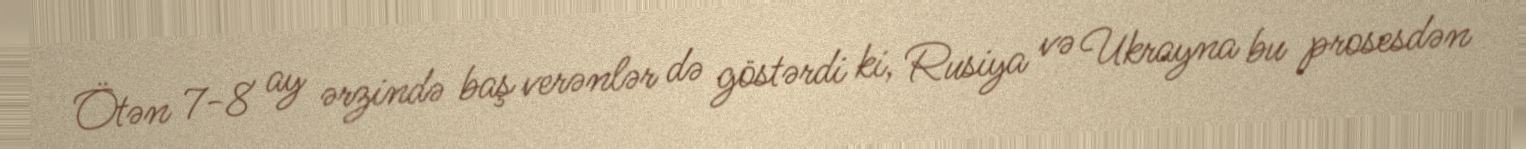
Ötən 7-8 ay ərzində baş verənlər də göstərdi ki, Rusiya və Ukrayna bu prosesdən